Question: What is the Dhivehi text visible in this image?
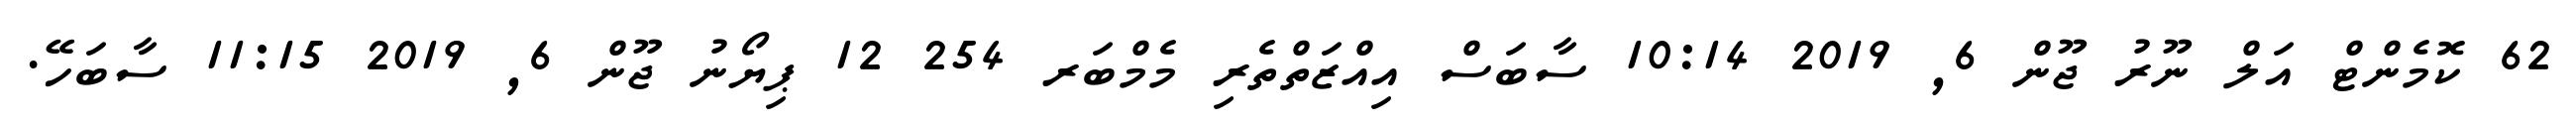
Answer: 62 ކޮމެންޓް އަލް ނޫރު ޖޫން 6, 2019 10:14 ސާބަސް އިއްޒަތްތެރި މެމްބަރ 254 12 ޕިޔޯނު ޖޫން 6, 2019 11:15 ސާބަހޭ.